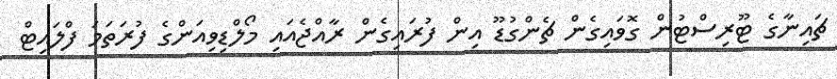
ޗައިނާގެ ޓޫރިސްޓުން ގޮވައިގެން ޗެންގުޑޫ އިން ފުރައިގެން ރާއްޖެއައި މޯލްޑިވިއަންގެ ފުރަތަމަ ފްލައިޓް